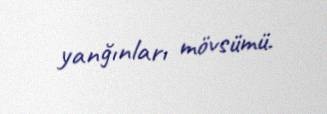
yanğınları mövsümü.